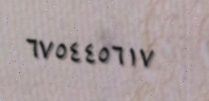
٦٧٥٤٤٥٦١٧